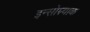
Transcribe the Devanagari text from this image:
इन्सोम्न्याक